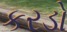
કરડો